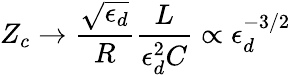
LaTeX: Z_{c}\rightarrow\frac{\sqrt{\epsilon_{d}}}{R}\frac{L}{\epsilon_{d}^{2}C}\propto\epsilon_{d}^{-3/2}